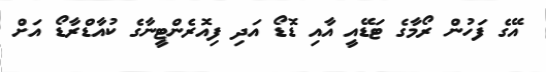
އޭގެ ފަހުން ރޯމާގެ ޓަޑޭއީ އާއި ޑޮޑޯ އަދި ފިއޮރެންޓީނާގެ ކުއާޑްރާޑޯ އަށް